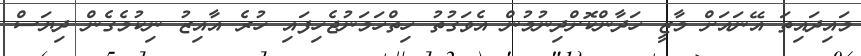
މައިދައިތަ އޭނައަށް މާޒީ ހަދާންކޮށްދިނުމުން އެވަގުތު ހިތްހަމަނުޖެހިފައި ހުރެ އާއިޒު ނިކުމެގެން ދިޔަސް